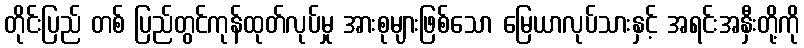
တိုင်းပြည် တစ် ပြည်တွင်ကုန်ထုတ်လုပ်မှု အားစုများဖြစ်သော မြေယာလုပ်သားနှင့် အရင်းအနှီးတို့ကို